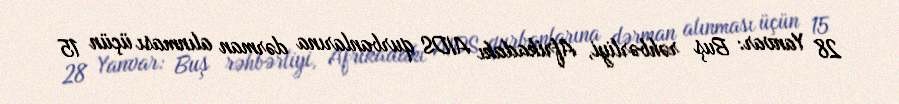
28 Yanvar: Buş rəhbərliyi, Afrikadakı AIDS qurbanlarına dərman alınması üçün 15